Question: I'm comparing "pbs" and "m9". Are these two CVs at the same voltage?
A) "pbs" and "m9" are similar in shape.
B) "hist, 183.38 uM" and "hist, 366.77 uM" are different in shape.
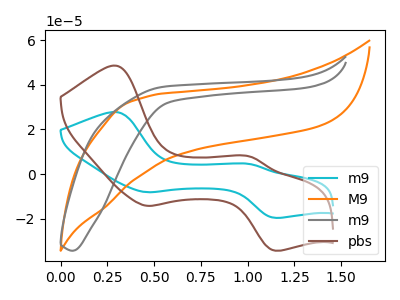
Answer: <think>The cyan curve "m9" has anodic peaks at (0.30V, 27.75uA) (1.00V, 4.45uA) and cathodic peaks at (0.45V, -8.15uA) (1.15V, -19.60uA). The orange curve "M9" has no peaks. The gray curve "m9" has no peaks. The brown curve "pbs" has anodic peaks at (0.30V, 48.55uA) (1.00V, 7.80uA) and cathodic peaks at (0.45V, -14.25uA) (1.15V, -34.30uA).
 All the peaks in "pbs" have a peak in "m9" at the same potential. Every peak in "pbs" is higher than every peak in "m9".</think>
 <answer>A) "pbs" and "m9" are similar in shape.</answer>
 <eval>A</eval>